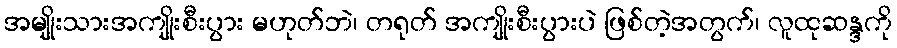
အမျိုးသားအကျိုးစီးပွား မဟုတ်ဘဲ၊ တရုတ် အကျိုးစီးပွားပဲ ဖြစ်တဲ့အတွက်၊ လူထုဆန္ဒကို